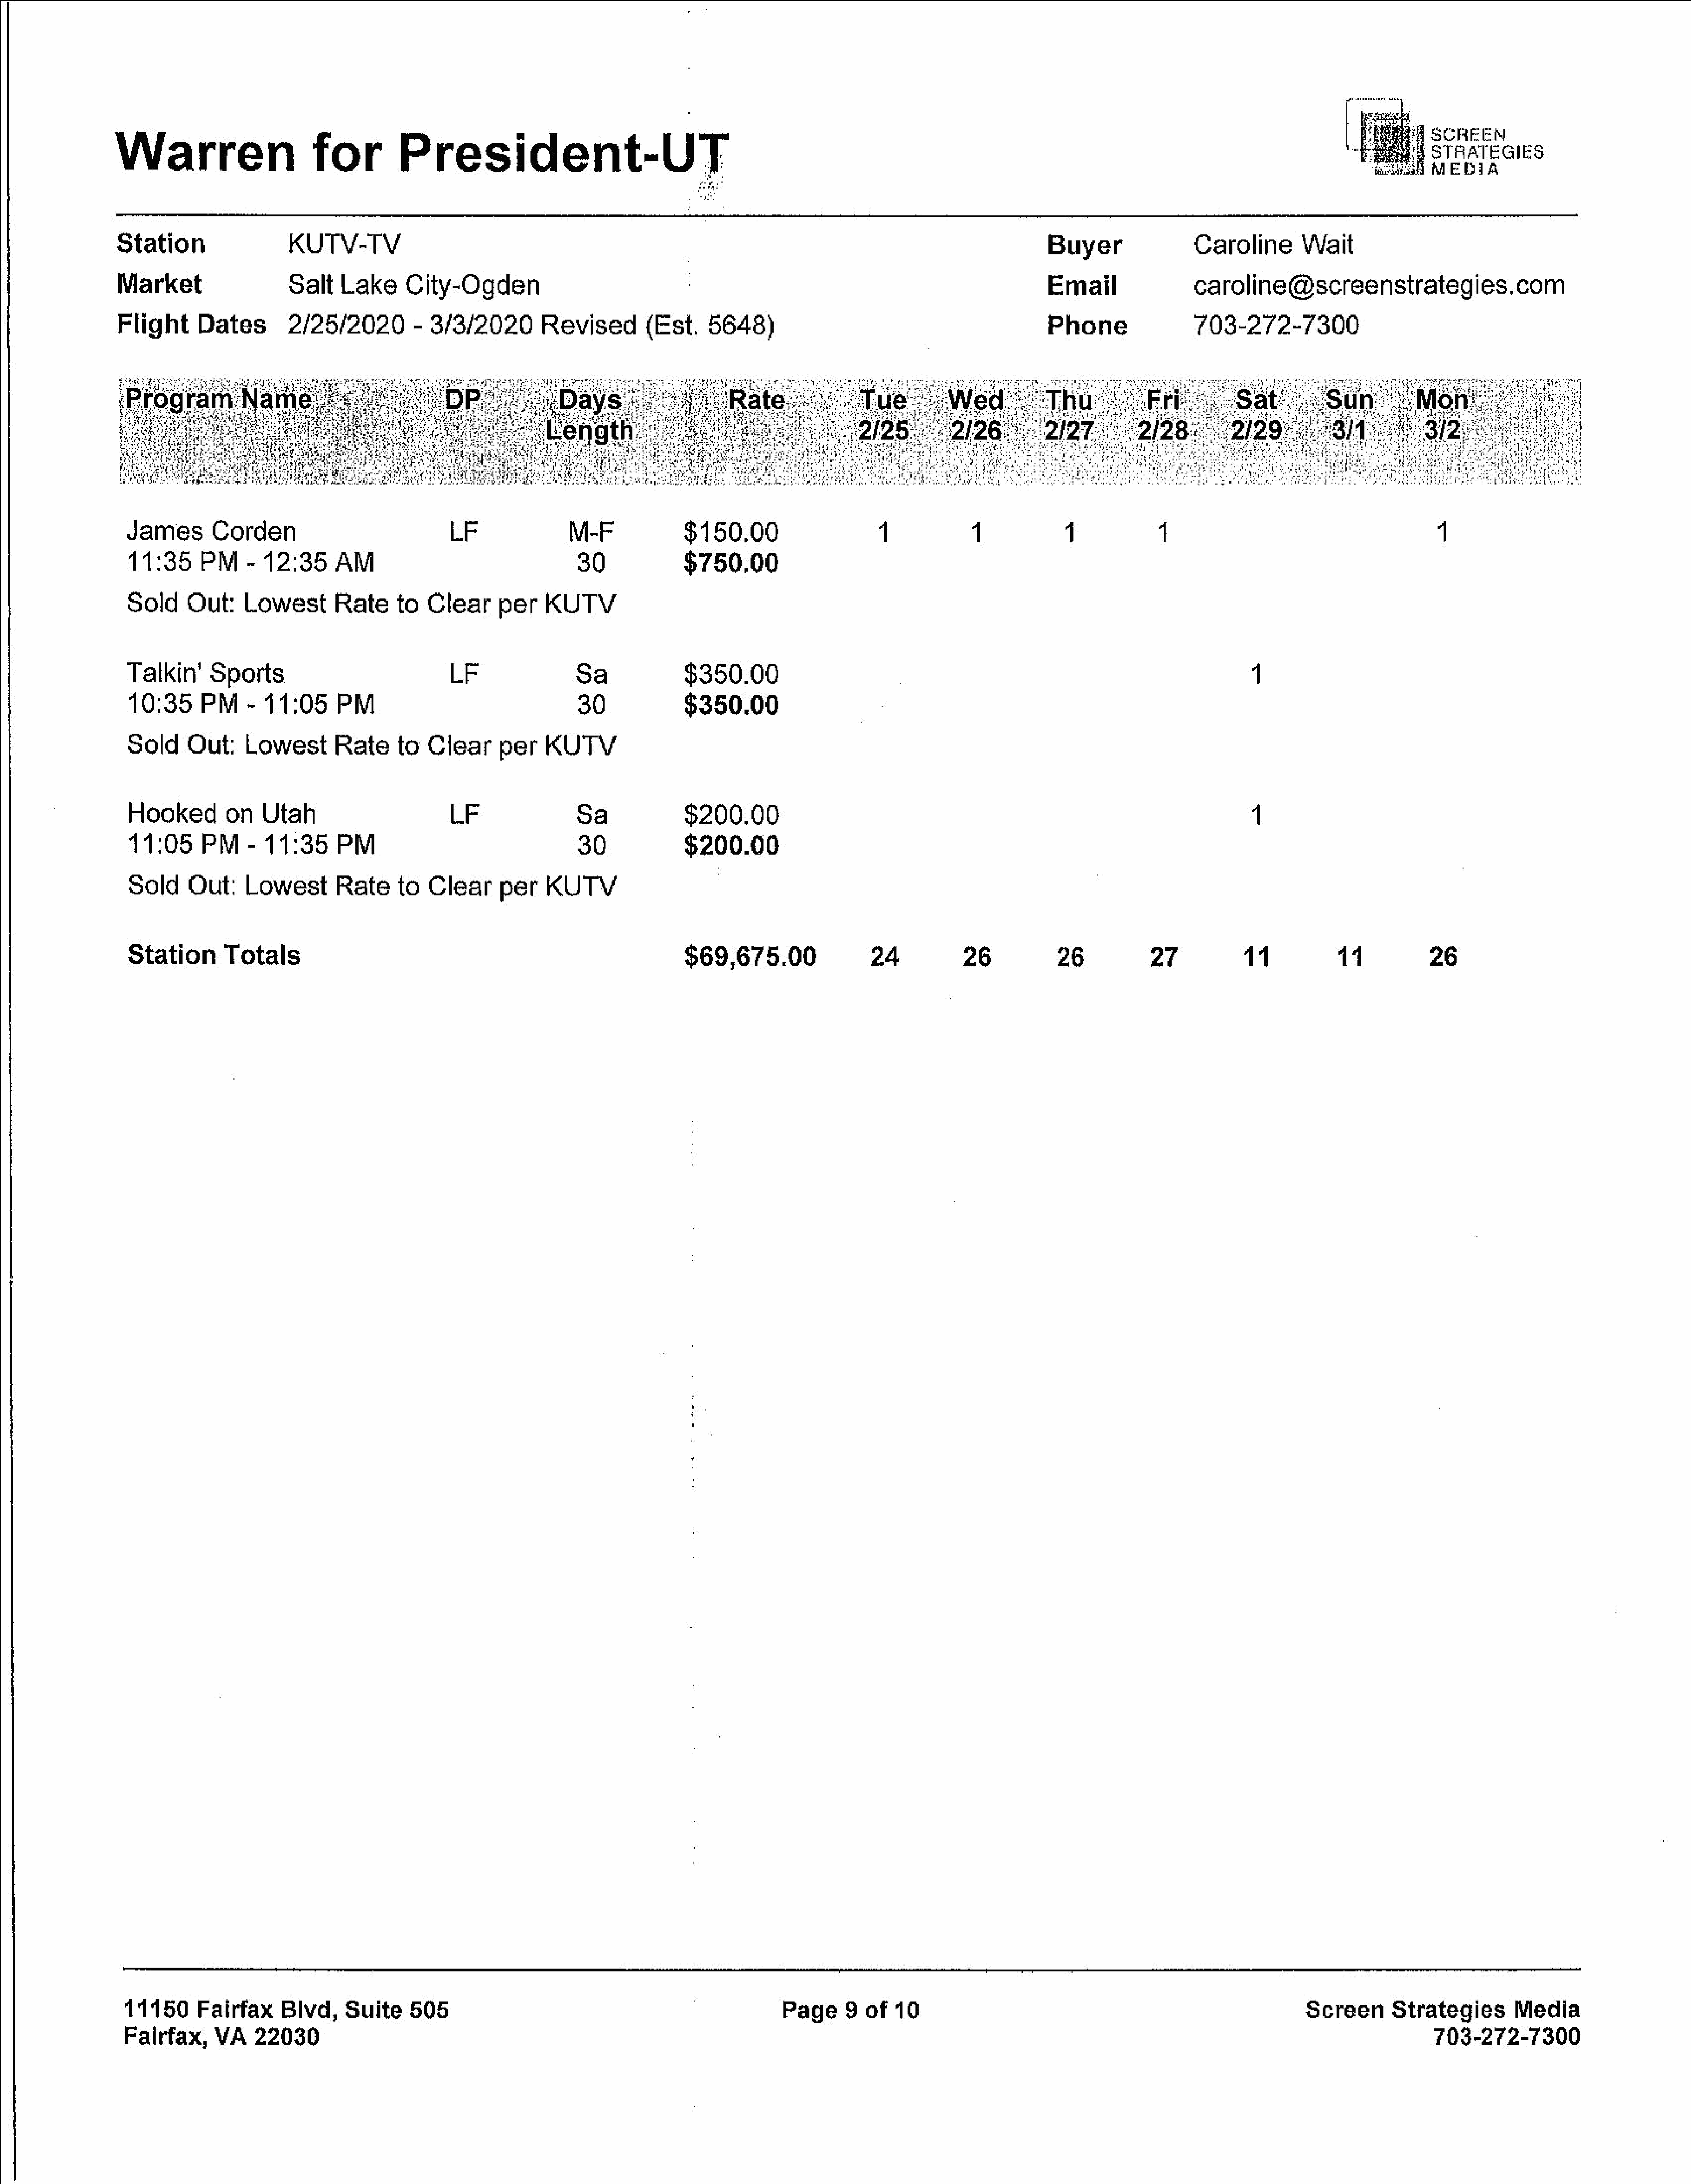
Warren                for                President-UT                                                                                                                                         CREEM
 STRATEGIES
 MEDIA
 Station                 KUTV-TV                                                                                                      Buyer                Caroline       Wait
 Market                  Salt    Lake     City-Ogden                                                                                  Email                caroline@screenstrategies.com
 Flight     Dates        2/25/2020         -  3/3/2020       Revised        (Est.    5648)                                            Phone                703-272-7300
 James       Corden                            LF               M-F              $150.00                     1            1            4             1                                      4
 11:35      PM    -  12:35     AM                                 30             $750.00
 Sold     Out:    Lowest       Rate     to  Clear     per    KUTV
 Talkin’     Sports                            LF                Sa              $350.00                                                                          1
 10:35      PM    -  11:05     PM                                 30             $350.00
 Sold     Out:    Lowest       Rate     to  Clear     per    KUTV
 Hooked        on    Utah                      LF                Sa              $200.00                                                                          1
 11:05      PM    -  11:35     PM                                 30             $200.00
 Sold     Out:    Lowest       Rate     to  Clear     per    KUTV
 Station       Totals                                                            $69,675.00                24            26           26           27            11           11           26
 11150     Fairfax     Blvd,    Suite    505                                                   Page     9  of  10                                                        Screen       Strategies       Media
 Falrfax,     VA   22030                                                                                                                                                                    703-272-7300